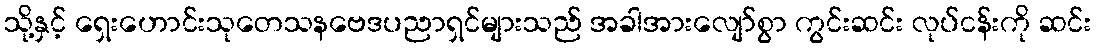
သို့နှင့် ရှေးဟောင်းသုတေသနဗေဒပညာရှင်များသည် အခါအားလျော်စွာ ကွင်းဆင်း လုပ်ငန်းကို ဆင်း